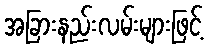
အခြားနည်းလမ်းများဖြင့်